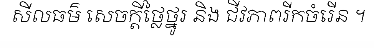
សីលធម៌ សេចក្តីថ្លៃថ្នូរ និង ជីវភាពរីកចំរើន ។